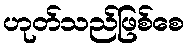
ဟုတ်သည်ဖြစ်စေ